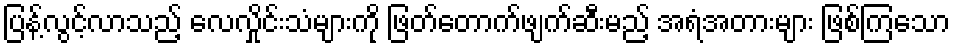
ပြန့်လွင့်လာသည့် လေလှိုင်းသံများကို ဖြတ်တောက်ဖျက်ဆီးမည့် အရံအတားများ ဖြစ်ကြသော